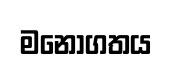
මනෝගතය